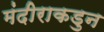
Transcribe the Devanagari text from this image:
मंदीराकडुन